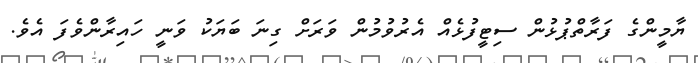
ޔާމީންގެ ފަރާތްޕުޅުން ސިޓީފުޅެއް އެރުވުމުން ވަރަށް ގިނަ ބަޔަކު ވަނީ ހައިރާންވެފަ އެވެ.